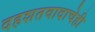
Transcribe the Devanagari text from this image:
दहशतवादाचेही